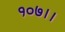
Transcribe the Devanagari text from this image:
१०७।।